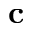
\mathbf { c }